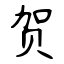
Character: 贺